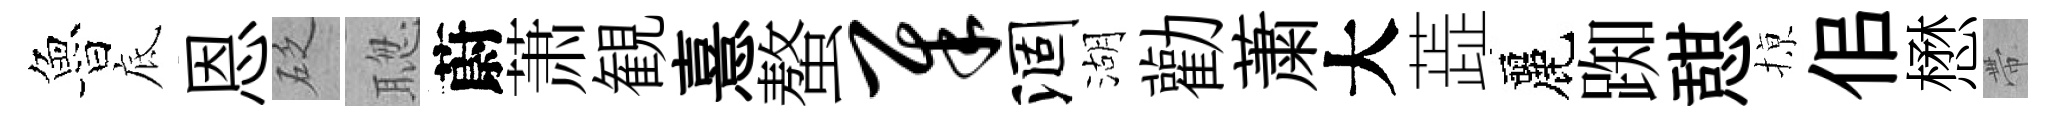
魯底恩砭聦蔚萧観憙螯犀涸湖勸䔥大蕋麗踟憇𢱊佀懋帶